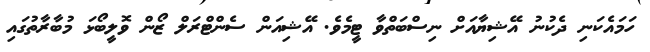
ހަމައެކަނި ދެކުނު އޭޝިޔާއަށް ނިސްބަތްވާ ޓީމެވެ. އޭޝިއަން ސެންޓްރަލް ޒޯން ވޮލީބޯޅަ މުބާރާތުގައި